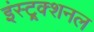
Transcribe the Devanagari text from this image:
इंस्ट्र्क्शनल